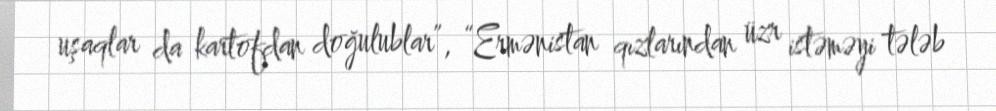
uşaqlar da kartofdan doğulublar”, “Ermənistan qızlarından üzr istəməyi tələb